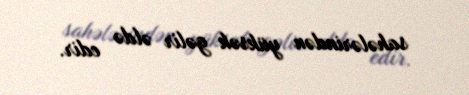
sahələrindən yüksək gəlir əldə edir.